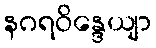
နဂရဝိန္ဒေယျာ